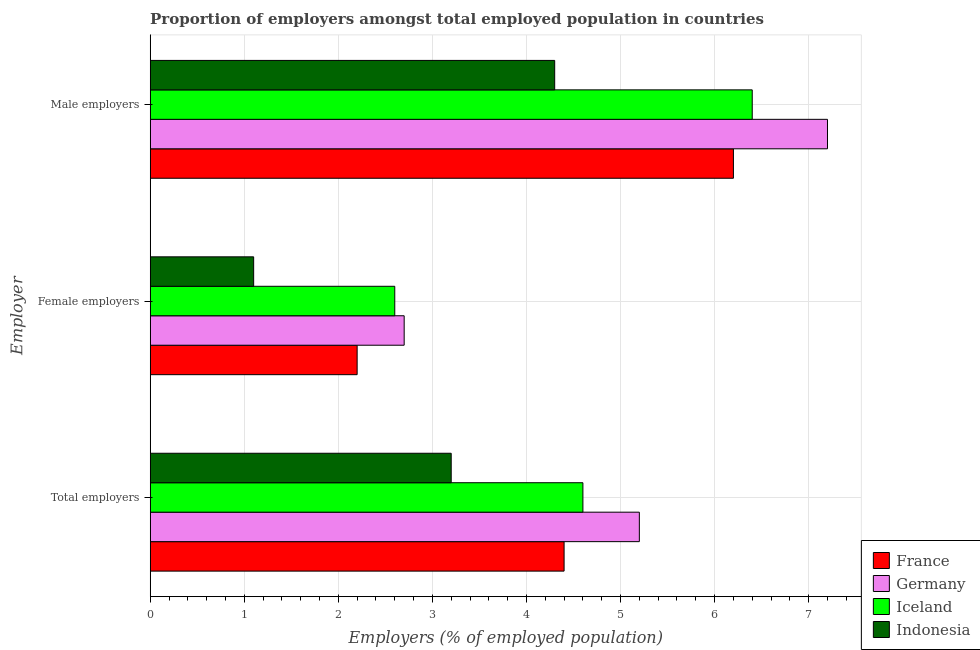
| Employer | France | Germany | Iceland | Indonesia |
 | --- | --- | --- | --- | --- |
 | Total employers | 4.4 | 5.2 | 4.6 | 3.2 |
 | Female employers | 2.2 | 2.7 | 2.6 | 1.1 |
 | Male employers | 6.2 | 7.2 | 6.4 | 4.3 |